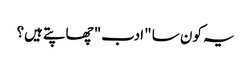
یہ کون سا "ادب" چھاپتے ہیں؟